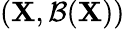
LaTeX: (\mathbf{X},{\mathcal{{B}}}(\mathbf{X}))